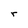
Character: r